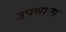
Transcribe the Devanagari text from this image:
उपसाना